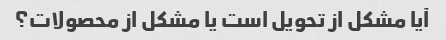
آیا مشکل از تحویل است یا مشکل از محصولات؟